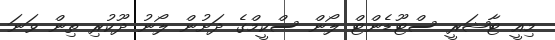
މިއީ ޓާޝަރީ ސްޓޫޑެންޓް ލޯން ސްކީމްގެ ދަށުން ލޯނު ދޫކުރި ތިން ވަނަ